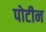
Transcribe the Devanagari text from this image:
पोटीन